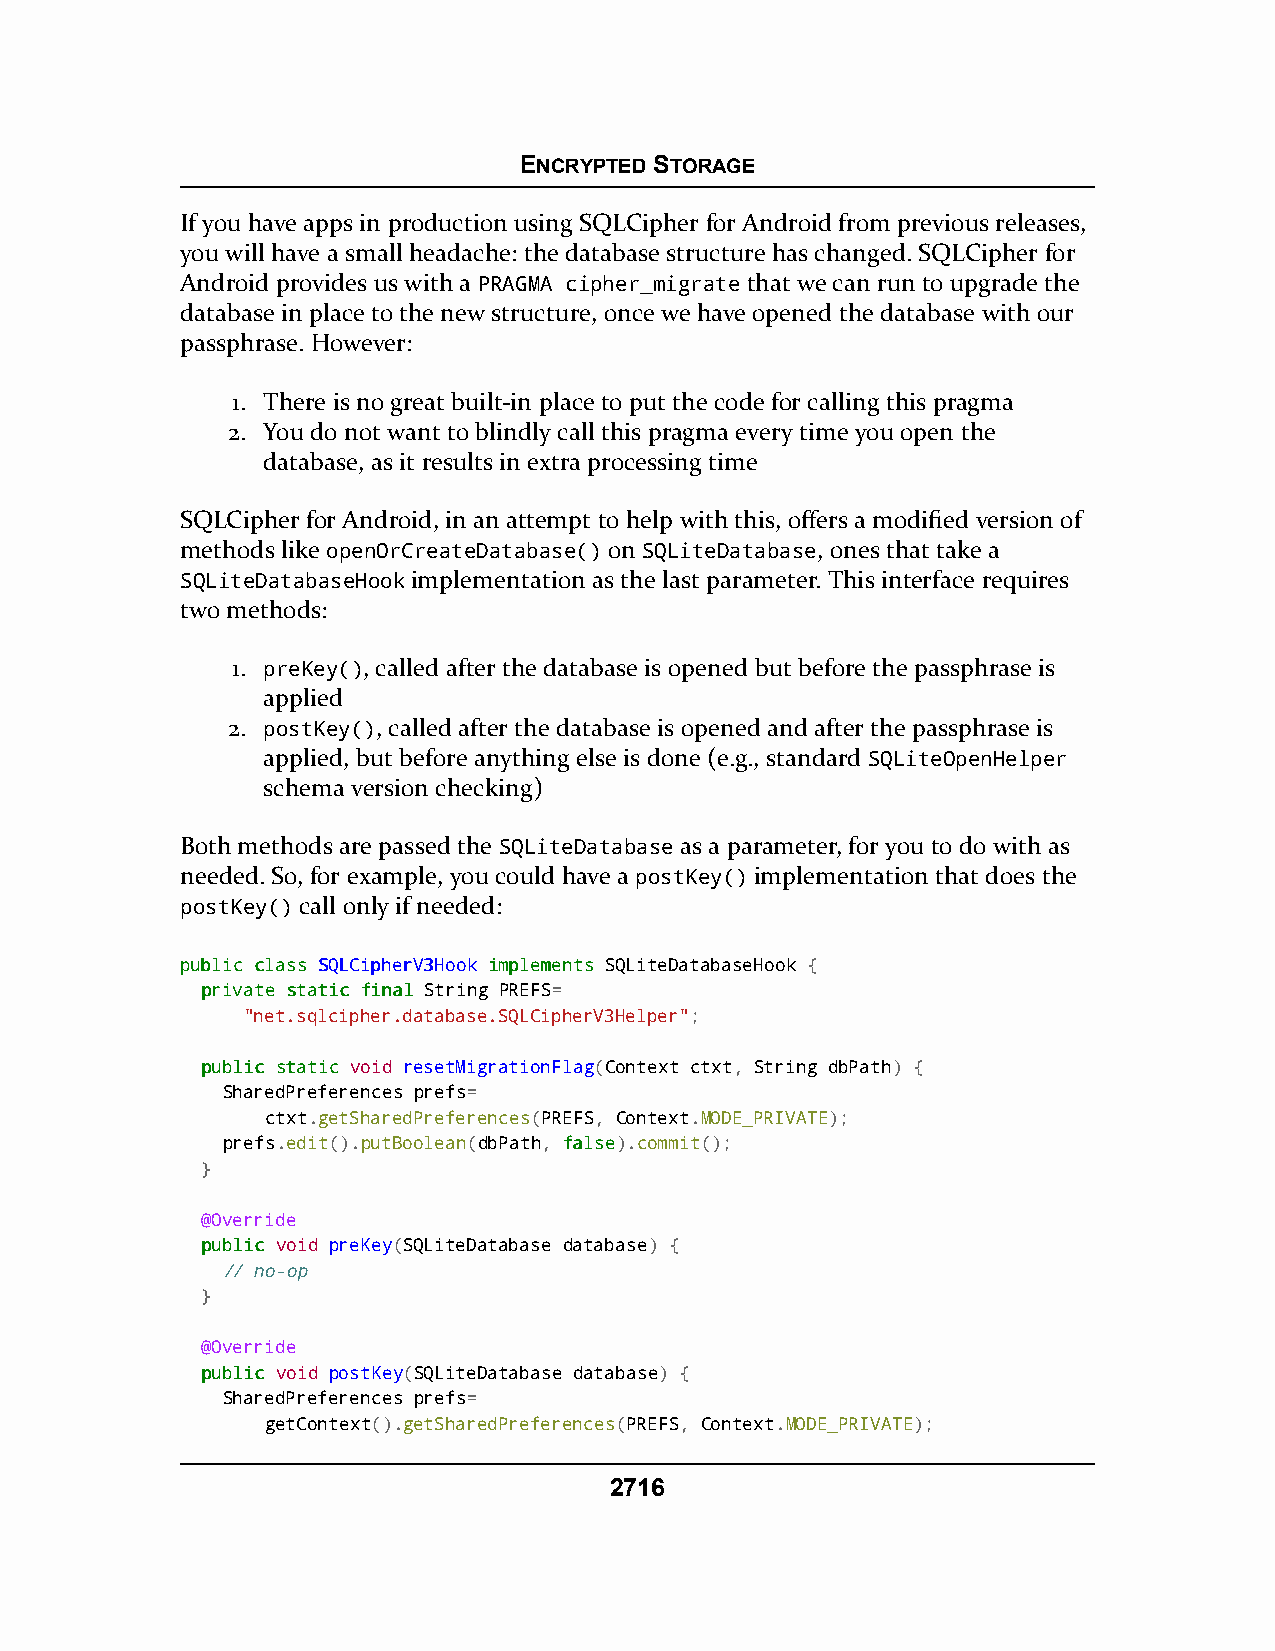
ENCRYPTED STORAGE
 If you have apps in production using SQLCipher for Android from previous releases,
 you will have a small headache: the database structure has changed. SQLCipher for
 Android provides us with a PRAGMA cipher_migrate that we can run to upgrade the
 database in place to the new structure, once we have opened the database with our
 passphrase. However:
 1. There is no great built-in place to put the code for calling this pragma
 2. You do not want to blindly call this pragma every time you open the
 database, as it results in extra processing time
 SQLCipher for Android, in an attempt to help with this, offers a modified version of
 methods like openOrCreateDatabase() on SQLiteDatabase, ones that take a
 SQLiteDatabaseHook implementation as the last parameter. This interface requires
 two methods:
 1. preKey(), called after the database is opened but before the passphrase is
 applied
 2. postKey(), called after the database is opened and after the passphrase is
 applied, but before anything else is done (e.g., standard SQLiteOpenHelper
 schema version checking)
 Both methods are passed the SQLiteDatabase as a parameter, for you to do with as
 needed. So, for example, you could have a postKey() implementation that does the
 postKey() call only if needed:
 ppuubblliicc ccllaassss SSQQLLCCiipphheerrVV33HHooookk iimmpplleemmeennttss SQLiteDatabaseHook {
 pprriivvaattee ssttaattiicc ffiinnaall String PREFS=
 "net.sqlcipher.database.SQLCipherV3Helper";
 ppuubblliicc ssttaattiicc void resetMigrationFlag(Context ctxt, String dbPath) {
 SharedPreferences prefs=
 ctxt.getSharedPreferences(PREFS, Context.MODE_PRIVATE);
 prefs.edit().putBoolean(dbPath, ffaallssee).commit();
 }
 @Override
 ppuubblliicc void preKey(SQLiteDatabase database) {
 // no-op
 }
 @Override
 ppuubblliicc void postKey(SQLiteDatabase database) {
 SharedPreferences prefs=
 getContext().getSharedPreferences(PREFS, Context.MODE_PRIVATE);
 2716